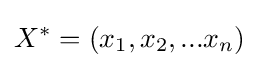
X^{*}=(x_{1},x_{2},...x_{n})